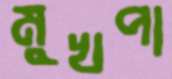
মুখপা